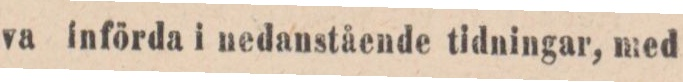
va införda i nedanstående tidningar, med